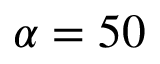
\alpha = 5 0